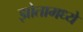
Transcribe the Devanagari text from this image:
झोतामध्ये